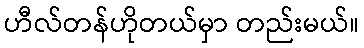
ဟီလ်တန်ဟိုတယ်မှာ တည်းမယ်။